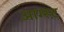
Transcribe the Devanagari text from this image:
आग्‍स्‍ट